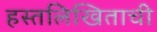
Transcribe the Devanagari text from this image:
हस्तलिखिताची